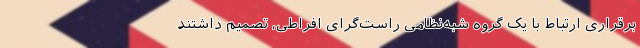
برقراری ارتباط با یک گروه شبه‌نظامی راست‌گرای افراطی، تصمیم داشتند